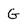
Character: G